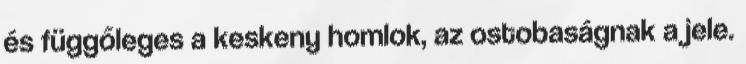
és függőleges a keskeny homlok, az ostobaságnak a jele.